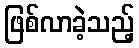
ဖြစ်လာခဲ့သည့်